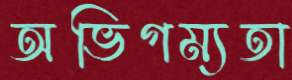
অভিগম্যতা